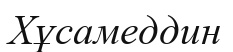
Хұсамеддин